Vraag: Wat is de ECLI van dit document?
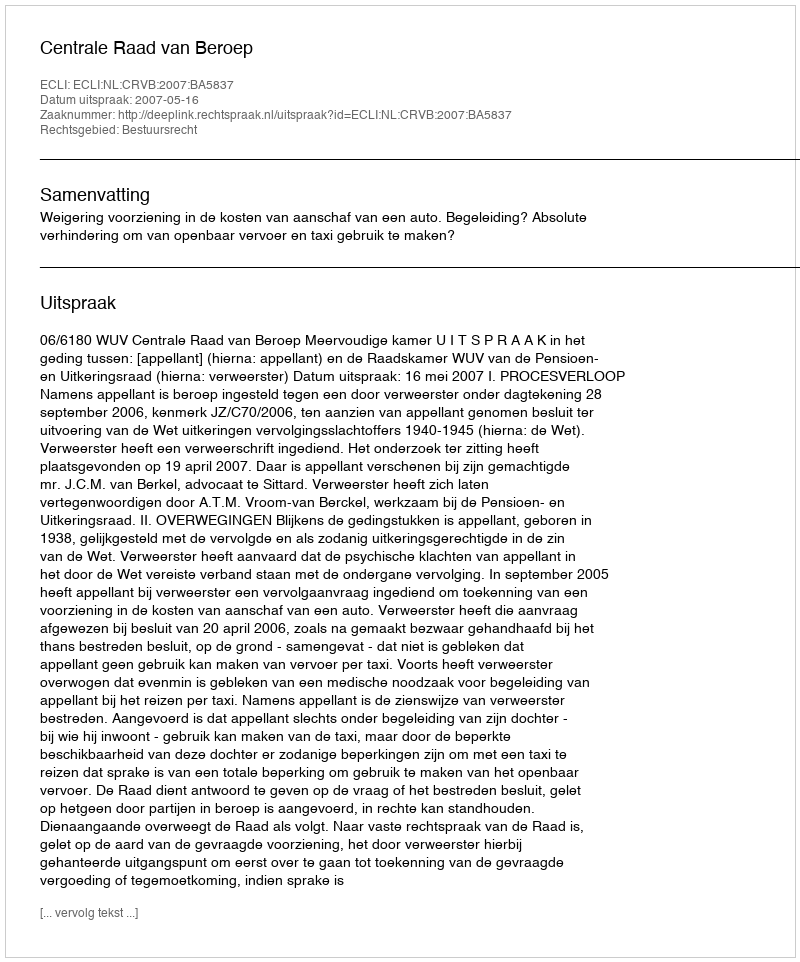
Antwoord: ECLI:NL:CRVB:2007:BA5837